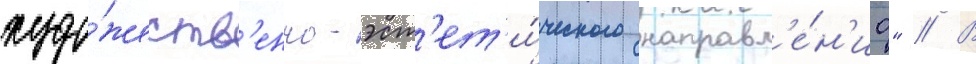
худо́жеств'енно-эст'ет'и́ческого направл'е́н'иа" // В